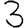
Digit: 3